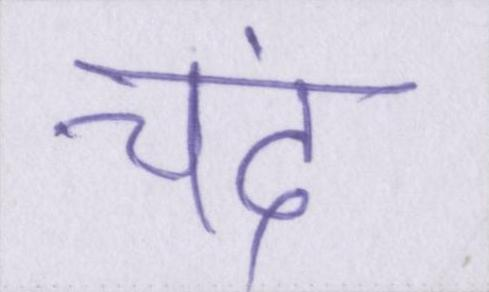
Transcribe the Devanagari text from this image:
चंद